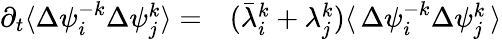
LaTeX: \begin{array}{rl}{\partial_{t}\langle\Delta{{\psi}_{i}^{-k}}\Delta{\psi}_{j}^{k}\rangle=}&{{}(\bar{\lambda}_{i}^{k}+\lambda_{j}^{k})\langle\, \Delta\psi_{i}^{-k}\Delta\psi_{j}^{k}\, \rangle}\end{array}